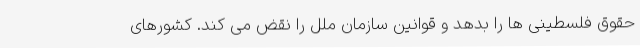
حقوق فلسطینی ها را بدهد و قوانین سازمان ملل را نقض می کند. کشورهای